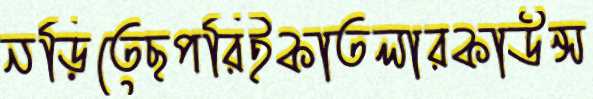
নড়িতেছপরিইকাতলারকাউন্স